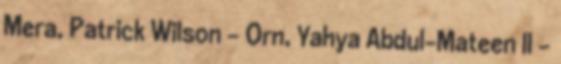
Mera, Patrick Wilson – Orn, Yahya Abdul-Mateen II –